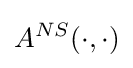
A^{NS}(\cdot ,\cdot )